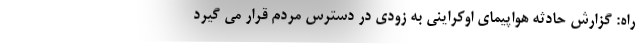
راه: گزارش حادثه هواپیمای اوکراینی به زودی در دسترس مردم قرار می گیرد